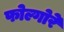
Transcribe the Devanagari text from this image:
फोल्गोरे